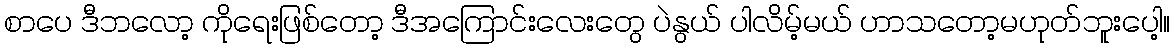
စာပေ ဒီဘလော့ ကိုရေးဖြစ်တော့ ဒီအကြောင်းလေးတွေ ပဲနွယ် ပါလိမ့်မယ် ဟာသတော့မဟုတ်ဘူးပေါ့။